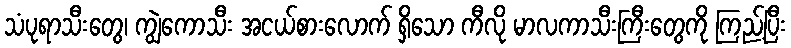
သံပုရာသီးတွေ၊ ကျွဲကောသီး အငယ်စားလောက် ရှိသော ကီလို မာလကာသီးကြီးတွေကို ကြည့်ပြီး